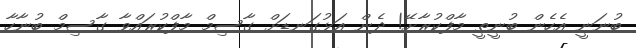
ބުނަނީ އެހެން ބުނީތީ މާފްކުރާށޭ! ދެން އަޅުގަނޑަށް ގާސިމް މާފްކުރައްވާ ގާސިމް ބުނާހާ